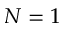
N = 1